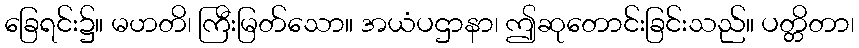
ခြေရင်း၌။ မဟတိ၊ ကြီးမြတ်သော။ အယံပဌာနာ၊ ဤဆုတောင်းခြင်းသည်။ ပတ္တိတာ၊